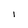
Character: i